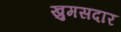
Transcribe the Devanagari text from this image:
खुमसदार